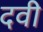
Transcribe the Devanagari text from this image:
दवी